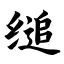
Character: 缒